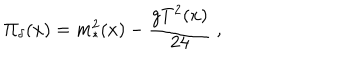
\Pi _ { \delta } ( x ) = m _ { * } ^ { 2 } ( x ) - { \frac { g T ^ { 2 } ( x ) } { 2 4 } } \; ,